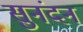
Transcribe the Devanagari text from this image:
सुनंदन